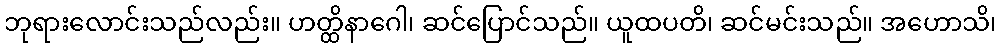
ဘုရားလောင်းသည်လည်း။ ဟတ္ထိနာဂေါ၊ ဆင်ပြောင်သည်။ ယူထပတိ၊ ဆင်မင်းသည်။ အဟောသိ၊